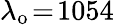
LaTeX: \lambda_{\mathrm{o}}\! =\! 1054